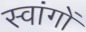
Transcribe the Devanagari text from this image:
स्वांगों